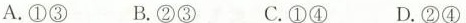
A.①③B.②③C.①④ D.②④